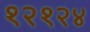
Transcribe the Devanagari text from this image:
१२१२४